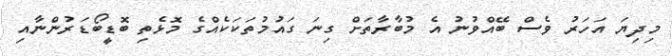
މިދިޔަ އަހަރު ވެސް ބޭއްވުނު އެ މުބާރާތަށް ގިނަ ގައުމުތަކަކެއްގެ މޮޅެތި ބޮޑީބޯޑަރުންނާއި